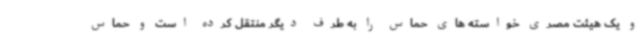
و یک هیئت مصری خواسته های حماس را به طرف دیگر منتقل کرده است و حماس